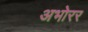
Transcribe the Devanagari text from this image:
अभोरर